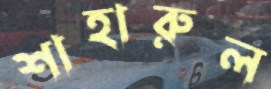
শাহারুল